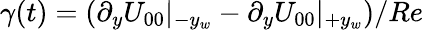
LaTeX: \gamma(t)=(\partial_{y}U_{00}|_{-y_{w}}-\partial_{y}U_{00}|_{+y_{w}})/Re